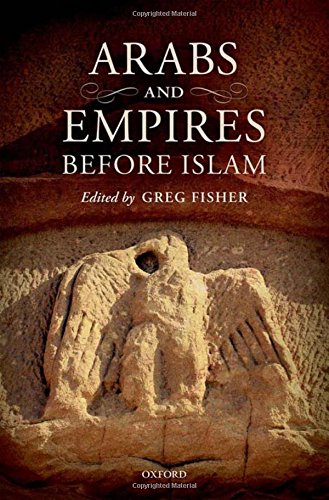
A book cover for Arabs and Empire Before Islam; History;